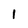
Character: I